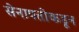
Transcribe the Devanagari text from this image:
सेनापतीकडून